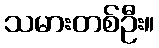
သမားတစ်ဦး။